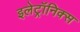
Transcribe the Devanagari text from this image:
इलेट्रॉनिक्स